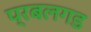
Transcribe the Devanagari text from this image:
प्रबलगड